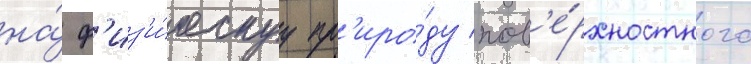
на́ ф'из'и́ческуу пр'иро́ду пов'е́рхностного